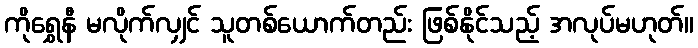
ကိုရွှေနီ မလိုက်လျှင် သူတစ်ယောက်တည်း ဖြစ်နိုင်သည့် အလုပ်မဟုတ်။